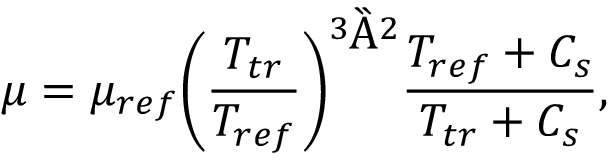
\mu = { \mu _ { r e f } } { \left( { \frac { { { T _ { t r } } } } { { { T _ { r e f } } } } } \right) ^ { { 3 \mathord { \left/ { \vphantom { 3 2 } } \right. \kern - \nulldelimiterspace } 2 } } } \frac { { { T _ { r e f } } + { C _ { s } } } } { { { T _ { t r } } + { C _ { s } } } } ,